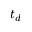
t _ { d }